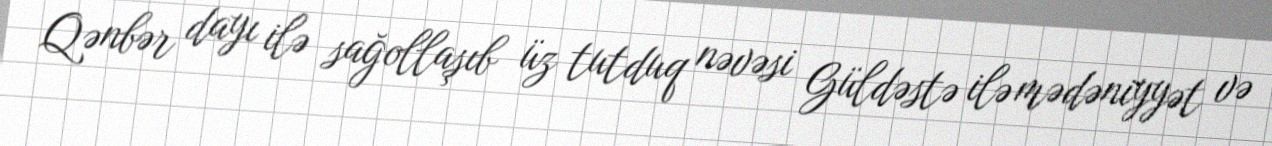
Qənbər dayı ilə sağollaşıb üz tutduq nəvəsi Güldəstə ilə mədəniyyət və